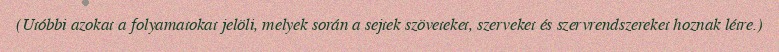
(Utóbbi azokat a folyamatokat jelöli, melyek során a sejtek szöveteket, szerveket és szervrendszereket hoznak létre.)